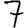
Digit: 7